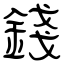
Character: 錢